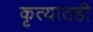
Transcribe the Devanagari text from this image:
कृत्यातही